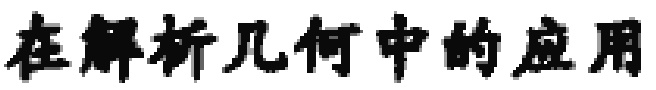
在解析几何中的应用